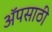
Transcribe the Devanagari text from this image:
अॅपसाठी